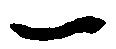
一